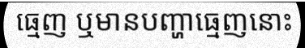
ធ្មេញ ឬមានបញ្ហាធ្មេញនោះ